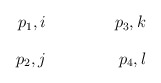
\begin{align*}\vcenter to.76in{\special{em: graph 4.pcx}\vss\hbox to 1in{\llap{$p_1,i$}\hss$p_3,k$}\vss\hbox to 1in{\llap{$p_2,j$}\hss$p_4,l$}\vss}\end{align*}